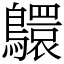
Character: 䴋